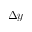
\Delta y